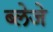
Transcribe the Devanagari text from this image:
ब्लेजे